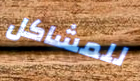
للمشاكل